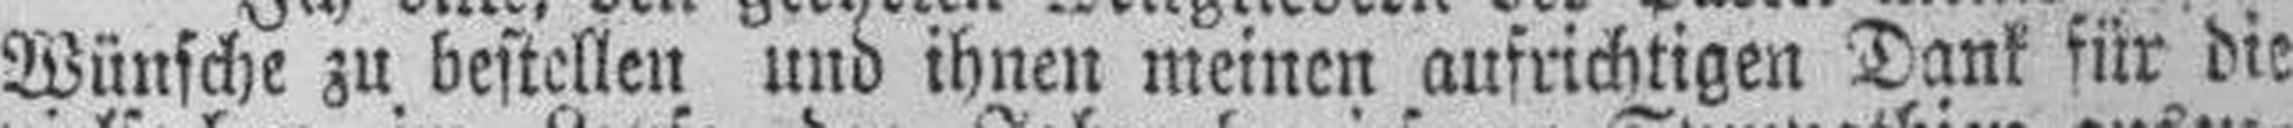
Wünsche zu bestellen und ihnen meinen aufrichtigen Dank für die